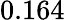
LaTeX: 0.164